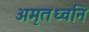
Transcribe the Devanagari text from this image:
अमृतध्वनि